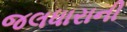
જલધારાની